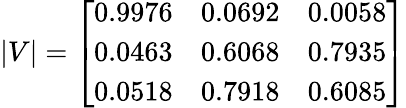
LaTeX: |V|=\left[\begin{array}{lll}{{0.9976}}&{{0.0692}}&{{0.0058}}\\ {{0.0463}}&{{0.6068}}&{{0.7935}}\\ {{0.0518}}&{{0.7918}}&{{0.6085}}\end{array}\right]